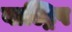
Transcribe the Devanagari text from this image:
वाल्ट्रिप